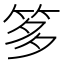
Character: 𥭋